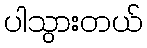
ပါသွားတယ်